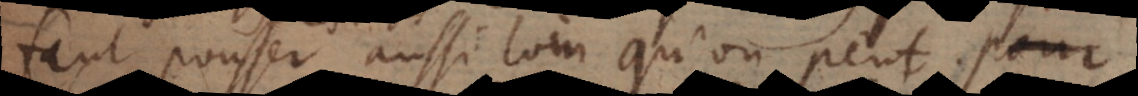
faut pousser aussi loin qu’on peutpour